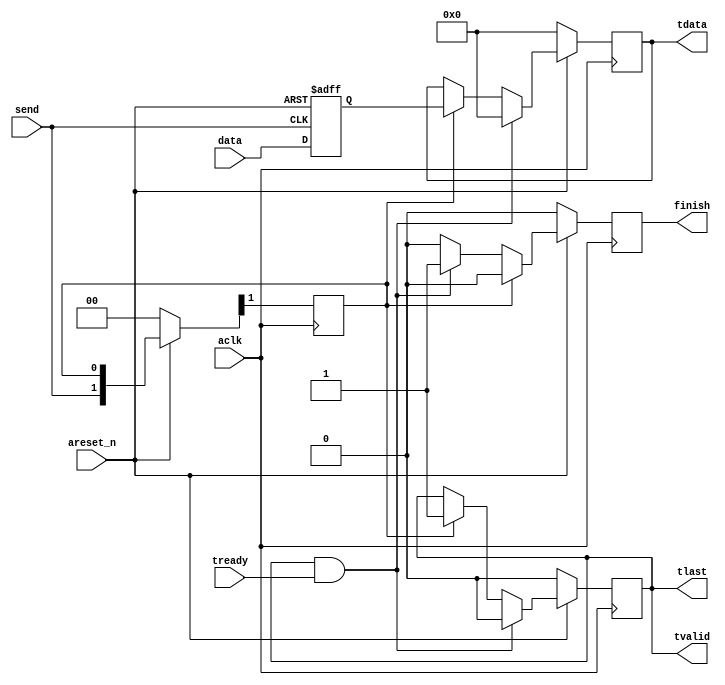

module axis_m(input aclk,
              input areset_n,
              input [31:0] data,
              input send,
              
              // axi sampling
              input tready,
              output reg tvalid,
              output tlast,
              output reg [31:0] tdata,
              
              output reg finish
    );
    
    reg [31:0] data_buf;    // buffer to keep the data from change
    always @(posedge send, negedge areset_n)
    begin
        if(~areset_n)
            data_buf <= 0;
        else
            data_buf <= data;    
    end
    
    reg send_pulse_1d, send_pulse_2d; // just delay the send signal
    always@(posedge aclk)
    begin
        if(~areset_n)
            {send_pulse_1d, send_pulse_2d} <= 2'b00;
        else
            {send_pulse_1d, send_pulse_2d} <= {send, send_pulse_1d};                
    end
    
    // handshake happen b/w master and slave
    wire handshake;
    assign handshake = tvalid & tready; // when both tready and tvalid signal will be high then only handshake will happen
    
    // tdata
    always@(posedge aclk)
    begin
        if(~areset_n)
            tdata <= 1'b0;
        else if(handshake)
            tdata <= 0;
        else if(send_pulse_1d)
            tdata <= data_buf;
        else
            tdata <= tdata;                
    end
    
    // tvalid
    // as soon as the fifo becomes no empty tvalid goes high
    always@(posedge aclk)
    begin
        if(~areset_n)
            tvalid <= 1'b0;
        else if(handshake)
            tvalid <= 1'b0;
        else if(send_pulse_1d)
            tvalid <= 1'b1;
        else
            tvalid <= tvalid;                           
    end 
    
    // tlast
    // same behaviour as tvalid
    assign tlast = tvalid;
    
    // finish
    always@(posedge aclk)
    begin
        if(~areset_n)
            finish <= 1'b0;
        else if(send_pulse_1d)
            finish <= 1'b0;
        else if(handshake)
            finish <= 1'b1;
        else
            finish <= 1'b0;            
    end
endmodule